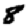
Digit: 8